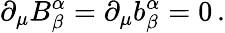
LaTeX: \partial_{\mu}B_{\beta}^{\alpha}=\partial_{\mu}b_{\beta}^{\alpha}=0\, .